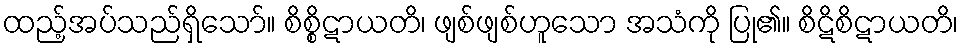
ထည့်အပ်သည်ရှိသော်။ စိစ္စိဋာယတိ၊ ဖျစ်ဖျစ်ဟူသော အသံကို ပြု၏။ စိဋိစိဋာယတိ၊